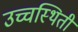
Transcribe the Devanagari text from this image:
उच्चस्थिती